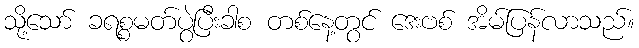
သို့သော် ခရစ္စမတ်ပွဲပြီးခါစ တစ်နေ့တွင် ဒေးဗစ် အိမ်ပြန်လာသည်။